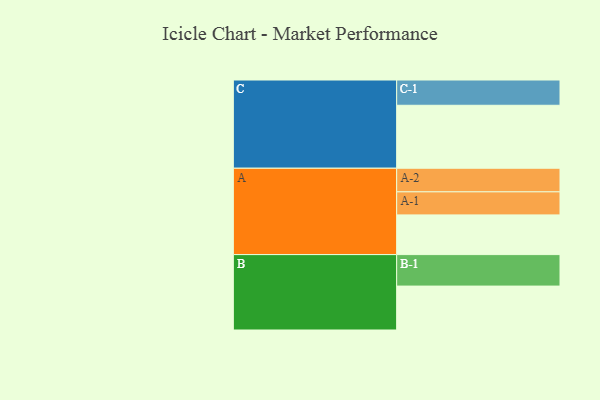
{"axis": {"x": "Segment", "y": "Value"}, "legend": ["", "A", "B", "C"], "data": [{"x": "A", "y": 377, "type": ""}, {"x": "B", "y": 417, "type": ""}, {"x": "C", "y": 598, "type": ""}, {"x": "A-1", "y": 219, "type": "A"}, {"x": "A-2", "y": 224, "type": "A"}, {"x": "B-1", "y": 299, "type": "B"}, {"x": "C-1", "y": 240, "type": "C"}]}